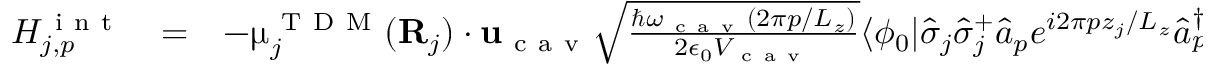
\begin{array} { c c l } { H _ { j , p } ^ { \mathrm { ~ i ~ n ~ t ~ } } } & { = } & { - { \boldsymbol { \upmu } } _ { j } ^ { \mathrm { ~ T ~ D ~ M ~ } } ( { \bf { R } } _ { j } ) \cdot { \bf { u } } _ { \mathrm { ~ c ~ a ~ v ~ } } \sqrt { \frac { \hslash \omega _ { \mathrm { ~ c ~ a ~ v ~ } } ( 2 \pi p / L _ { z } ) } { 2 \epsilon _ { 0 } V _ { \mathrm { ~ c ~ a ~ v ~ } } } } \langle \phi _ { 0 } | \hat { \sigma } _ { j } \hat { \sigma } _ { j } ^ { + } \hat { a } _ { p } e ^ { i 2 \pi p z _ { j } / L _ { z } } \hat { a } _ { p } ^ { \dagger } | \phi _ { 0 } \rangle } \end{array}